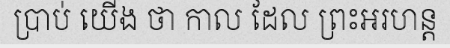
ប្រាប់ យើង ថា កាល ដែល ព្រះអរហន្ត